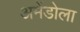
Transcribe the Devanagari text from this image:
अमेंडोला